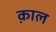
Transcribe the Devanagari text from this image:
क़ाल